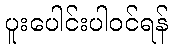
ပူးပေါင်းပါဝင်ရန်